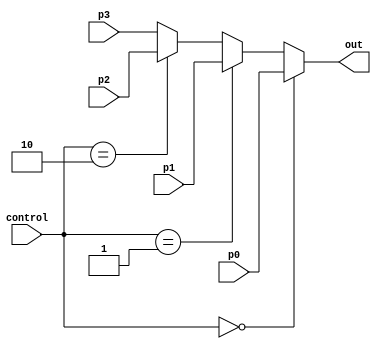
`timescale 1ns / 1ps
//////////////////////////////////////////////////////////////////////////////////
// Company: 
// Engineer: 
// 
// Design Name: 
// Module Name:    out_decision 
// Project Name: 
// Target Devices: 
// Tool versions: 
// Description: 
//
// Dependencies: 
//
// Revision: 
// Revision 0.01 - File Created
// Additional Comments: 
//
//////////////////////////////////////////////////////////////////////////////////
module out_decision(p0, p1, p2, p3, control, out);
    input [2:0] p0;
    input [2:0] p1;
    input [2:0] p2;
    input [2:0] p3;
    input [1:0] control;
    output [2:0] out;
		function [2:0] decide;
	input [2:0] p0,p1,p2,p3; input [1:0] control;
	begin
	if(control == 0) decide = p0;
	else if(control == 1) decide = p1;
	else if(control == 2) decide = p2;
	else decide = p3;
	end
	endfunction
	assign out = decide(p0,p1,p2,p3,control);
	
endmodule